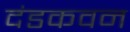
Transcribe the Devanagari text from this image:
दंडकवन